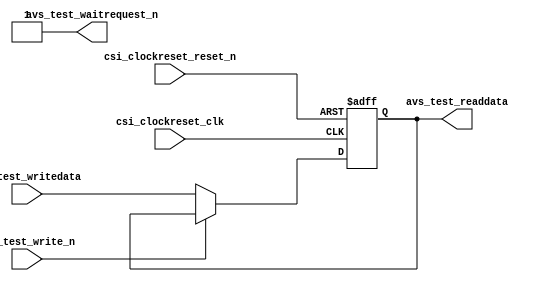
module TestReg(
csi_clockreset_clk,
csi_clockreset_reset_n,

avs_test_readdata,
avs_test_writedata,
avs_test_write_n,
avs_test_waitrequest_n
);

input					csi_clockreset_clk, csi_clockreset_reset_n;

input		[7:0]	avs_test_writedata;
output	[7:0]	avs_test_readdata;

input					avs_test_write_n;
output				avs_test_waitrequest_n;

reg		[7:0]	test_reg;

assign	avs_test_readdata = test_reg;
assign	avs_test_waitrequest_n = 1'b1;

always@(posedge csi_clockreset_clk or negedge csi_clockreset_reset_n)
begin
	if(!csi_clockreset_reset_n) test_reg <= 0;
	else if(!avs_test_write_n) test_reg <= avs_test_writedata;
end

endmodule